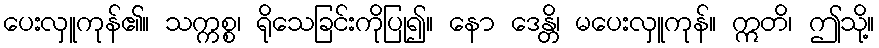
ပေးလှူကုန်၏။ သက္ကစ္စ၊ ရိုသေခြင်းကိုပြု၍။ နော ဒေန္တိ၊ မပေးလှူကုန်။ ဣတိ၊ ဤသို့။